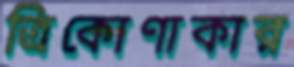
ত্রিকোণাকার